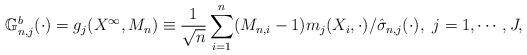
LaTeX: \begin{align*}\mathbb G^b_{n,j}(\cdot)=g_j(X^\infty,M_n)\equiv\frac{1}{\sqrt n}\sum_{i=1}^n(M_{n,i}-1)m_j(X_i,\cdot)/\hat\sigma_{n,j}(\cdot),~j=1,\cdots,J,\end{align*}